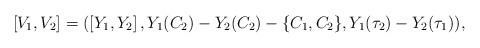
LaTeX: \begin{align*}\left[V_1,V_2\right]=(\left[Y_1,Y_2\right],Y_1(C_2)-Y_2(C_2)-\{C_1,C_2\},Y_1(\tau_2)-Y_2(\tau_1)),\end{align*}